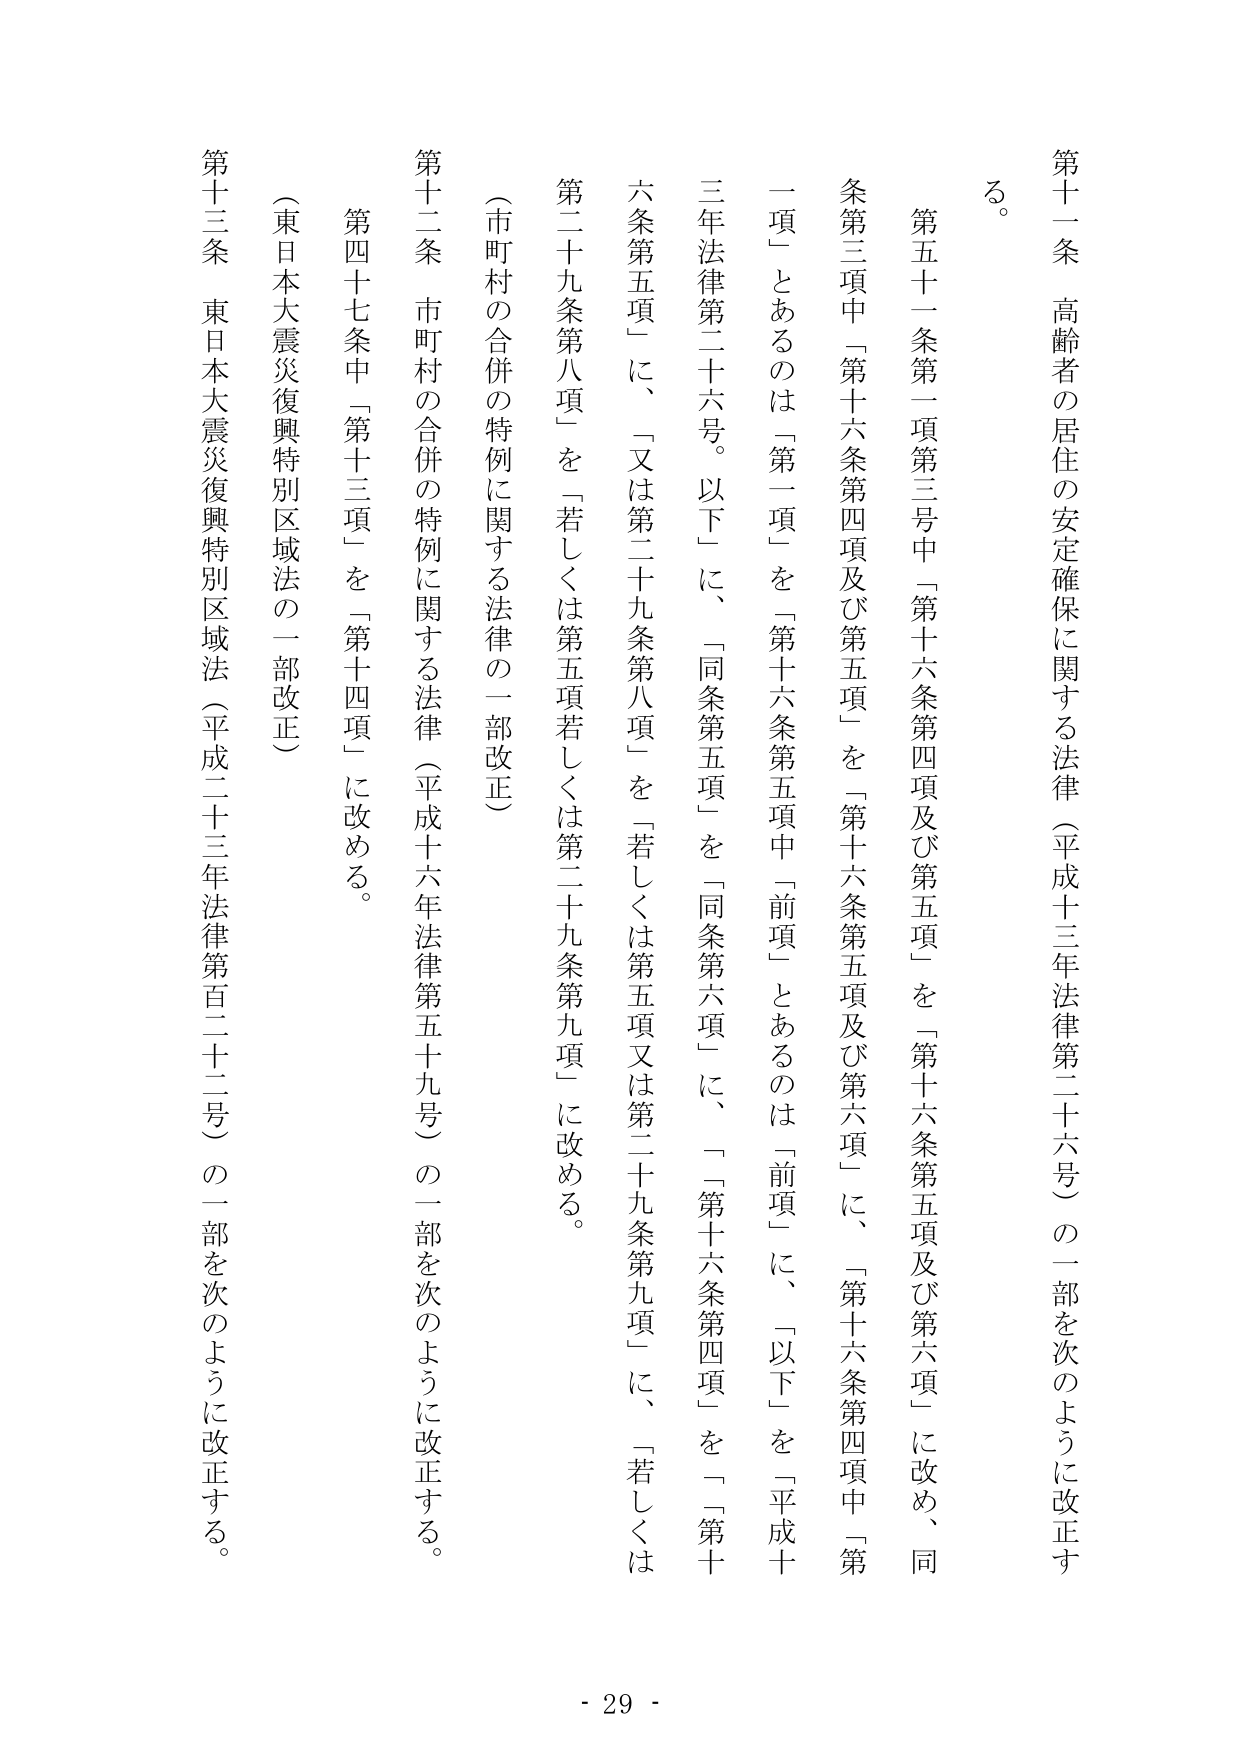
第十一條　高齢者の居住の安定確保に関する法律（平成十三年法律第二十六号）の一部を次のように改正する。

第五十一条第二項第三号中「第十六条第四項及び第五項」を「第十六条第五項及び第六項」に改め、同条第三項中「第十六条第四項及び第五項」を「第十六条第五項及び第六項」に、「第十六条第四項中「第一項」とあるのは「第一項」を「第十六条第五項中「前項」とあるのは「前項」に、「以下」を「平成十三年法律第二十六号。以下」に、「同条第五項」を「同条第六項」に、「第十六条第四項」を「第十六条第五項」に、「又は第二十九条第八項」を「若しくは第五項又は第二十九条第九項」に、「若しくは第二十九条第八項」を「若しくは第五項若しくは第二十九条第九項」に改める。

（市町村の合併の特例に関する法律の一部改正）

第十二条　市町村の合併の特例に関する法律（平成十六年法律第五十九号）の一部を次のように改正する。

第四十七条中「第十三項」を「第十四項」に改める。

（東日本大震災復興特別区域法の一部改正）

第十三条　東日本大震災復興特別区域法（平成二十三年法律第百二十二号）の一部を次のように改正する。

- 29 -